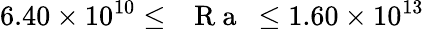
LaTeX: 6.40\times 10^{10}\leq\mathrm{~\textit~{~R~a~}~}\leq 1.60\times 10^{13}